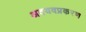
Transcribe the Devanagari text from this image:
अवयवप्रकरण